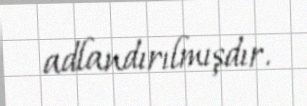
adlandırılmışdır.